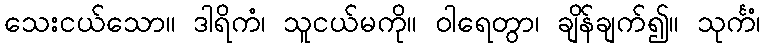
သေးငယ်သော။ ဒါရိကံ၊ သူငယ်မကို။ ဝါရေတွာ၊ ချိန်ချက်၍။ သုင်္ကံ၊